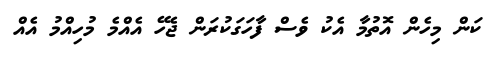
ކަން މިހެން އޮތުމާ އެކު ވެސް ފާހަގަކުރަން ޖެހޭ އެއްމެ މުހިއްމު އެއް